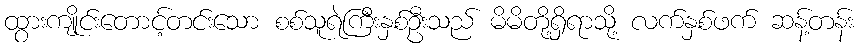
ထွားကျိုင်းတောင့်တင်းသော စစ်သူရဲကြီးနှစ်ဦးသည် မိမိတို့ရှိရာသို့ လက်နှစ်ဖက် ဆန့်တန်း